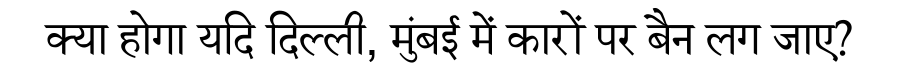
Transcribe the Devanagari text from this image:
क्या होगा यदि दिल्ली, मुंबई में कारों पर बैन लग जाए?